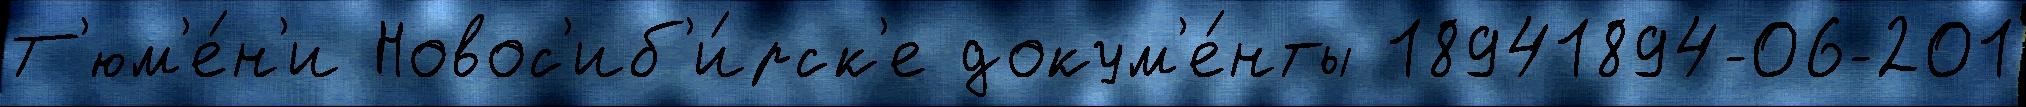
Т'юм'е́н'и Новос'иб'и́рск'е докум'е́нты 18941894-06-201